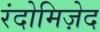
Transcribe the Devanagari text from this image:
रंदोमिज़ेद